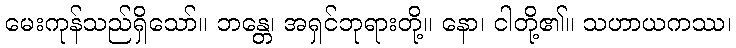
မေးကုန်သည်ရှိသော်။ ဘန္တေ၊ အရှင်ဘုရားတို့။ နော၊ ငါတို့၏။ သဟာယကဿ၊